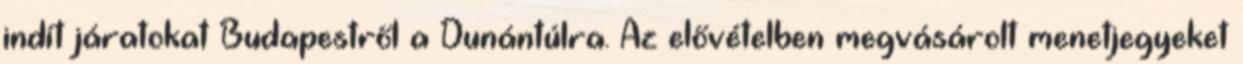
indít járatokat Budapestről a Dunántúlra. Az elővételben megvásárolt menetjegyeket